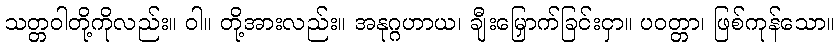
သတ္တဝါတို့ကိုလည်း။ ဝါ။ တို့အားလည်း။ အနုဂ္ဂဟာယ၊ ချီးမြှောက်ခြင်းငှာ။ ပဝတ္တာ၊ ဖြစ်ကုန်သော။